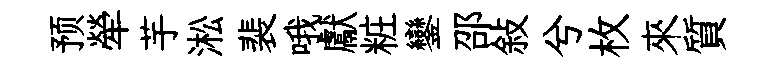
预犖芋淞裴哦獻粧鑾邵敍兮枚來質